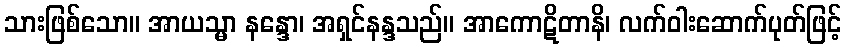
သားဖြစ်သော။ အာယသ္မာ နန္ဒော၊ အရှင်နန္ဒသည်။ အာကောဋိတာနိ၊ လက်ဝါးဆောက်ပုတ်ဖြင့်